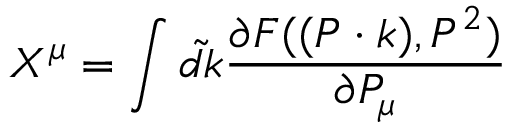
X ^ { \mu } = \int \tilde { d k } \frac { \partial F ( ( P \cdot k ) , P ^ { 2 } ) } { \partial P _ { \mu } }